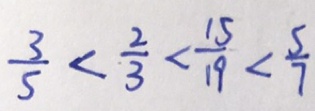
\frac { 3 } { 5 } < \frac { 2 } { 3 } < \frac { 1 5 } { 1 9 } < \frac { 5 } { 7 }